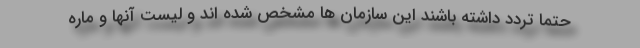
حتما تردد داشته باشند این سازمان ها مشخص شده اند و لیست آنها و ماره